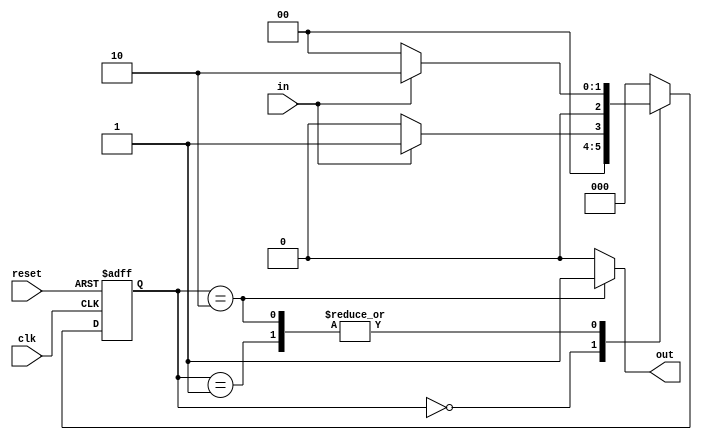
module new_fsm (in,out,reset,clk);
input in,reset,clk;
output reg out;
parameter s0=2'b00, s1=2'b01,s2=2'b10;
reg [2:0] state,ns;
always @ ( negedge clk or negedge reset)
begin
if(reset==0)
state <= s0;
else
state <=ns;
end
always @ (state,in)


case(state)

s0 : begin

if (in ==1)
ns <= s1;
else
ns <=s0;
end

s1 : begin

if (in ==1)
ns <= s2;
else
ns <=s0;
end

s2 : begin

if (in ==1)
ns <= s2;
else
ns <=s0;
end

default : ns <= s0;
endcase

always @ (state)
begin
case (state)
s0 : out <=0;
s1 : out <=0;
s2 : out <=1;
default : out <=0;
endcase
end
endmodule